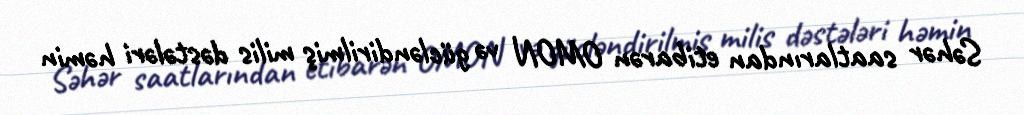
Səhər saatlarından etibarən OMON və gücləndirilmiş milis dəstələri həmin